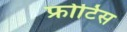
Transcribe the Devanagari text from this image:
फ्रोटिस